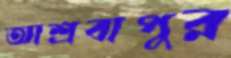
আশ্রবাপুর